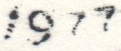
1977